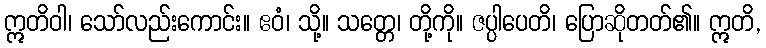
ဣတိဝါ၊ သော်လည်းကောင်း။ ဧဝံ၊ သို့။ သတ္တေ၊ တို့ကို။ ဇပ္ပါပေတိ၊ ပြောဆိုတတ်၏။ ဣတိ,